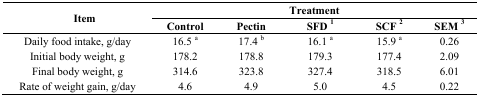
<table><thead><tr><td rowspan="2"><b>Item</b></td><td colspan="5"><b>Treatment</b></td></tr><tr><td><b>Control</b></td><td><b>Pectin</b></td><td><b>SFD <sup>1</sup></b></td><td><b>SCF <sup>2</sup></b></td><td><b>SEM <sup>3</sup></b></td></tr></thead><tbody><tr><td>Daily food intake, g/day</td><td>16.5 <sup>a</sup></td><td>17.4 <sup>b</sup></td><td>16.1 <sup>a</sup></td><td>15.9 <sup>a</sup></td><td>0.26</td></tr><tr><td>Initial body weight, g</td><td>178.2</td><td>178.8</td><td>179.3</td><td>177.4</td><td>2.09</td></tr><tr><td>Final body weight, g</td><td>314.6</td><td>323.8</td><td>327.4</td><td>318.5</td><td>6.01</td></tr><tr><td>Rate of weight gain, g/day</td><td>4.6</td><td>4.9</td><td>5.0</td><td>4.5</td><td>0.22</td></tr></tbody></table>